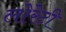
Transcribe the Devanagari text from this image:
लोरेटी